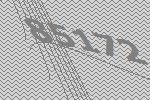
85172